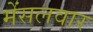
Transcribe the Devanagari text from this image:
मेंसलवार